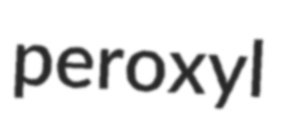
peroxyl